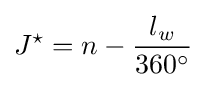
J^{\star }=n-{\dfrac {l_{w}}{360^{\circ }}}